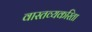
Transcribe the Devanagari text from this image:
वास्तव्यकरिता